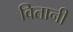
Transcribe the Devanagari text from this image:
वितानी